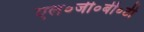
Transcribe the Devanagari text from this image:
एल०जी०बी०टी